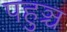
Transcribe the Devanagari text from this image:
पहुञ्च